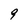
Character: 9